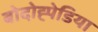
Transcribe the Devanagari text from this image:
बोदोह्पेडिया